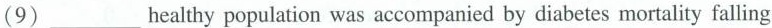
(9) ___ healthy population was accompanied by diabetes mortality falling